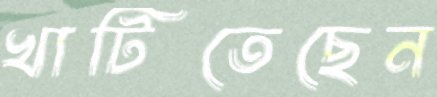
খাটিতেছেন